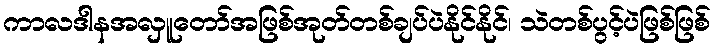
ကာလဒါနအလှူတော်အဖြစ်အုတ်တစ်ချပ်ပဲနိုင်နိုင်၊ သဲတစ်ပွင့်ပဲဖြစ်ဖြစ်